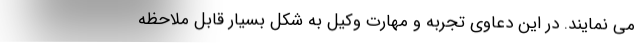
می نمایند. در این دعاوی تجربه و مهارت وکیل به شکل بسیار قابل ملاحظه